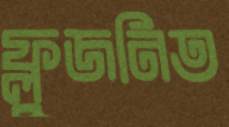
ফ্লুজনিত